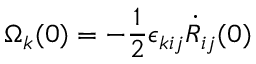
\Omega _ { k } ( 0 ) = - \frac 1 2 \epsilon _ { k i j } \dot { R } _ { i j } ( 0 )